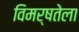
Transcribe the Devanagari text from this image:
विमर्षतेला